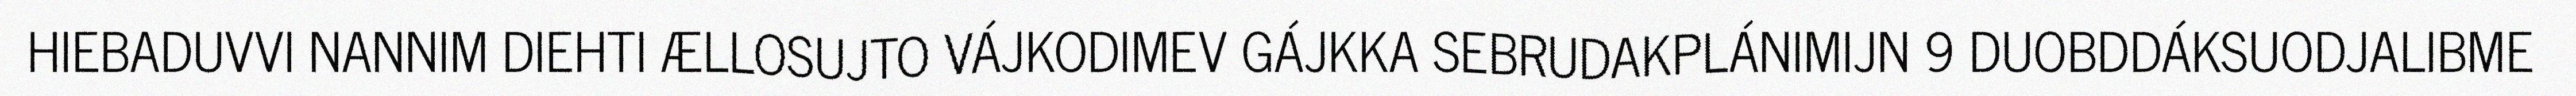
HIEBADUVVI NANNIM DIEHTI ÆLLOSUJTO VÁJKODIMEV GÁJKKA SEBRUDAKPLÁNIMIJN 9 DUOBDDÁKSUODJALIBME